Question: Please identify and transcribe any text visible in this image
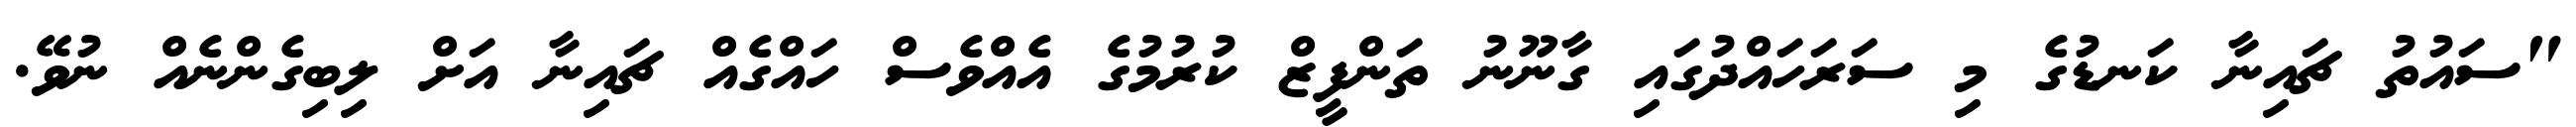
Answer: "ސައުތު ޗައިނާ ކަނޑުގެ މި ސަރަހައްދުގައި ގާނޫނު ތަންފީޒް ކުރުމުގެ އެއްވެސް ހައްގެއް ޗައިނާ އަށް ލިބިގެންނެއް ނުވޭ.